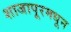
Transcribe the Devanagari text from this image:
शाजापूरमधून